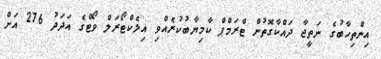
އިންތިހާބުގެ ނަތީޖާ ދައްކާގޮތުން ޓްރަމްޕް ކާމިޔާބުކުރެއްވި އިލެކްޓޯރަލް ވޯޓްގެ އަދަދު 276 އަށް